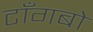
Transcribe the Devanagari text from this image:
टाँगबो